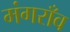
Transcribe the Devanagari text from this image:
मंगराँव